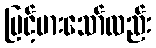
မြင့်မားသော်လည်း